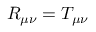
R _ { \mu \nu } = T _ { \mu \nu }